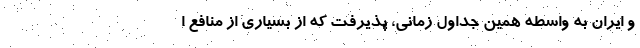
و ایران به واسطه همین جداول زمانی، پذیرفت که از بسیاری از منافع ا